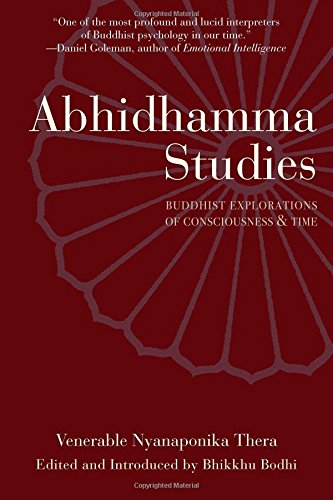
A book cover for Abhidhamma Studies: Buddhist Explorations of Consciousness and Time; Nyanaponika Thera; Religion & Spirituality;